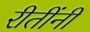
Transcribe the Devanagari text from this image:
रीतींनी